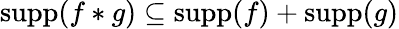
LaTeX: \operatorname{supp}(f\ast g)\subseteq\operatorname{supp}(f)+\operatorname{supp}(g)